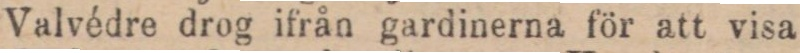
Valvédre drog ifrån gardinerna för att visa